Lunatic asylums Central Provinces reports 1886-1894 - 1886-1894
Year: 1886
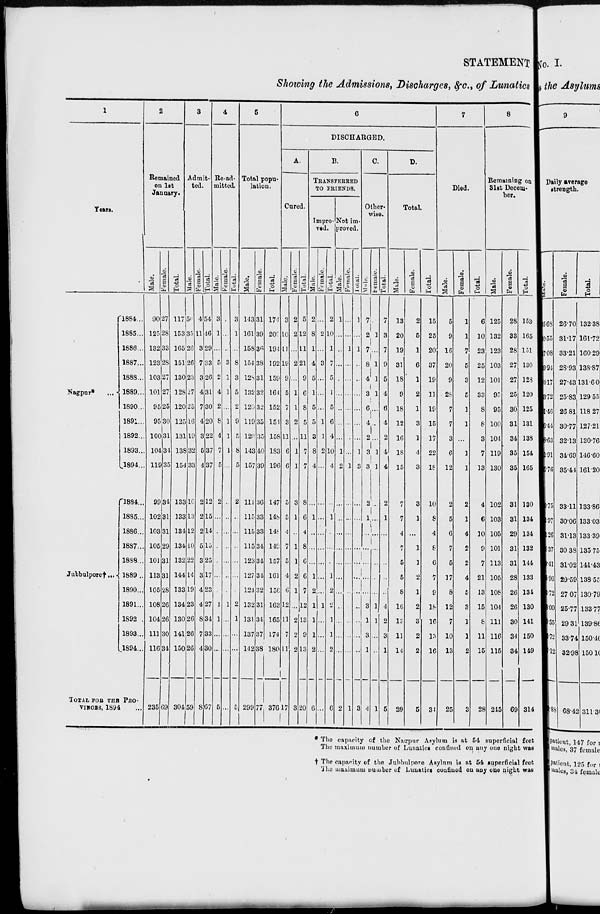
STATEMENT
Showing the Admissions, Discharges, &c., of Lunatics
1
Years.
Nagpur* ...
Jubbulpore† ...
1884 ...
1885...
1886...
1887...
1888 ...
1889...
1890...
1891...
1892...
1893..
1894 ...
1884 ...
1885...
1886...
1887...
1888...
1889 ..
1890...
1891...
1892 ...
1893..
1894 ...
TOTAL FOR THE PRO-
VINCES, 1894 ...
2
Remained
on 1st
January.
Male.
90
125
132
123
103
101
95
95
100
104
119
99
102
103
105
101
113
105
108
104
111
116
235
Female.
27
28
33
28
27
27
25
30
31
34
35
34
31
31
29
31
31
28
26
26
30
34
69
Total.
117
153
165
151
130
128
120
125
131
138
154
133
133
134
134
132
144
133
134
130
141
150
304
3
Admit-
ted.
Male.
50
35
26
26
23
27
23
16
19
32
33
10
13
12
10
22
14
19
23
26
26
26
59
Female.
4
11
3
7
3
4
7
4
3
5
4
2
2
2
5
3
3
4
4
8
7
4
8
Total.
54
46
29
33
26
31
30
20
22
37
37
12
15
14
15
25
17
23
27
34
33
30
67
4
Re-ad-
mitted.
Male.
3
1
...
5
2
4
2
8
4
7
5
2
...
...
...
...
...
...
1
1
...
...
5
Female.
...
...
...
3
1
1
...
1
1
1
...
...
...
...
...
...
...
...
1
...
...
...
...
Total.
3
1
...
8
3
5
2
9
5
8
5
2
...
...
...
...
...
...
2
1
...
...
5
5
Total popu-
lation.
Male.
143
161
158
154
128
132
120
119
123
143
157
111
115
115
115
123
127
124
132
131
137
142
299
Female.
31
39
36
38
31
32
32
35
35
40
39
36
33
33
34
34
34
32
31
31
37
38
77
Total.
174
200
194
192
159
164
152
151
158
183
196
147
148
148
149
157
161
156
163
165
174
180
376
6
DISCHARGED.
A.
Cured.
Male.
3
10
11
19
9
5
7
3
11
6
6
5
5
4
7
5
4
6
12
11
7
11
17
Female.
2
2
...
2
...
1
1
2
...
1
1
3
1
...
1
1
2
1
...
2
2
2
3
Total.
5
12
11
21
9
6
8
5
11
7
7
8
6
4
8
6
6
7
12
13
9
13
20
B.
TRANSFERED
TO FRIENDS.
Impro-
ved.
Male.
2
8
1
4
5
1
5
5
3
8
4
...
1
...
...
...
1
2
1
1
1
2
6
Female.
...
2
...
3
...
...
...
1
1
2
...
...
...
...
...
...
...
....
1
...
...
...
...
Total.
2
10
1
7
5
1
5
6
4
10
4
...
1
...
...
...
1
2
2
1
1
2
6
Not im-
proved.
Male.
1
...
...
...
...
...
...
...
...
1
2
...
...
...
...
...
...
...
...
...
...
...
2
Female.
...
...
1
...
...
...
...
...
...
...
1
...
...
...
...
...
...
...
...
...
...
...
1
Tolal.
1
...
1
...
...
...
...
...
...
1
3
...
...
...
...
...
...
...
...
...
...
...
3
C.
Other-
wise.
Male.
7
2
7
8
4
3
6
4
2
3
3
2
1
...
...
...
...
...
3
1
3
1
4
Female.
...
1
...
1
1
1
...
...
...
1
1
...
...
...
...
...
...
...
1
1
...
...
1
Total.
7
3
7
9
5
4
6
4
2
4
4
2
1
...
...
...
...
...
4
2
3
1
5
D.
Total.
Male.
13
20
19
31
18
9
18
12
16
18
15
7
7
4
7
5
5
8
16
13
11
14
29
Female.
2
5
1
6
1
2
1
3
1
4
3
3
1
...
1
1
2
1
2
3
2
2
5
Total.
15
25
20
37
19
11
19
15
17
22
18
10
8
4
8
6
7
9
18
16
13
16
34
7
Died.
Male.
5
9
16
20
9
28
7
7
3
6
12
2
5
6
7
5
17
8
12
7
10
13
25
Female.
1
1
7
5
3
5
1
1
...
1
1
2
1
4
2
2
4
5
3
1
1
2
3
Total.
6
10
23
25
12
33
8
8
3
7
13
4
6
10
9
7
21
13
15
8
11
15
28
8
Remaining on
31st Decem-
ber.
Male.
125
132
123
103
101
95
95
100
104
119
130
102
103
105
101
113
105
108
104
111
116
115
245
Female.
28
33
28
27
27
25
30
31
34
35
35
31
31
29
31
31
28
26
26
30
34
34
69
Total.
153
165
151
130
128
120
125
131
138
154
165
130
134
134
132
144
133
134
130
141
150
149
314
* The capacity of the Nagpur Asylum is at 54 superficial feet
The maximum number of Lunatics confined on any one night was
† The capacity of the Jubbulpore Asylum is at 54 superficial feet
The maximum Number of Lunatics coufined on any one night was